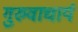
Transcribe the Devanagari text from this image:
गुरुवाचार्य